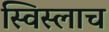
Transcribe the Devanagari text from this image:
स्विस्लाच